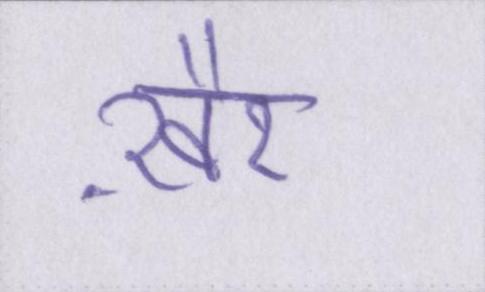
ख़ैर